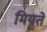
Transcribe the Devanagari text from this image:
मियते